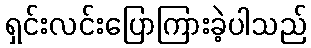
ရှင်းလင်းပြောကြားခဲ့ပါသည်